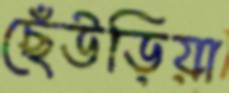
ছেঁউড়িয়া